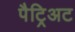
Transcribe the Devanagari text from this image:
पैट्रिअट